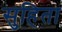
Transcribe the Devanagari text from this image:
सुहिता